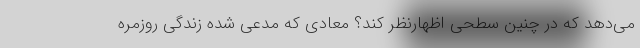
می‌‌دهد که در چنین سطحی اظهارنظر کند؟ معادی که مدعی شده زندگی روزمره